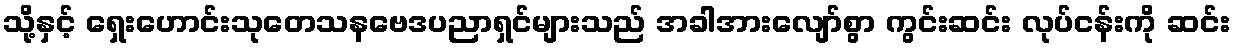
သို့နှင့် ရှေးဟောင်းသုတေသနဗေဒပညာရှင်များသည် အခါအားလျော်စွာ ကွင်းဆင်း လုပ်ငန်းကို ဆင်း